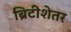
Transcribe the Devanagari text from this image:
ब्रिटीशेतर